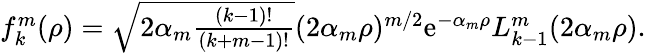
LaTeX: \begin{array}{r}{f_{k}^{m}(\rho)=\sqrt{2\alpha_{m}\frac{(k-1)!}{(k+m-1)!}}(2\alpha_{m}\rho)^{m/2}\mathrm{e}^{-\alpha_{m}\rho}L_{k-1}^{m}(2\alpha_{m}\rho).}\end{array}